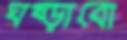
ঘষ্‌ড়াবো